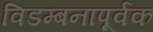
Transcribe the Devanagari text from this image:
विडम्बनापूर्वक